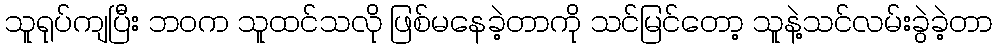
သူရုပ်ကျပြီး ဘဝက သူထင်သလို ဖြစ်မနေခဲ့တာကို သင်မြင်တော့ သူနဲ့သင်လမ်းခွဲခဲ့တာ